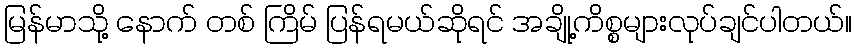
မြန်မာသို့ နောက် တစ် ကြိမ် ပြန်ရမယ်ဆိုရင် အချို့ကိစ္စများလုပ်ချင်ပါတယ်။